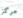
مركز